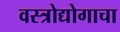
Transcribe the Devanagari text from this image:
वस्त्रोद्योगाचा